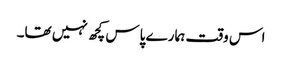
اس وقت ہمارے پاس کچھ نہیں تھا۔